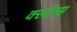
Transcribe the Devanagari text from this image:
क्लोत्स